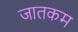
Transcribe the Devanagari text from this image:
जातकम